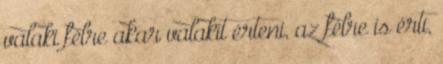
valaki félre akar valakit érteni, az félre is érti,